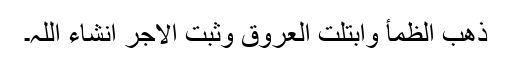
ذھب الظمأ وابتلت العروق وثبت الاجر انشاء اللہ۔